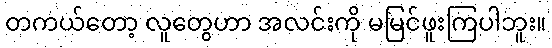
တကယ်တော့ လူတွေဟာ အလင်းကို မမြင်ဖူးကြပါဘူး။